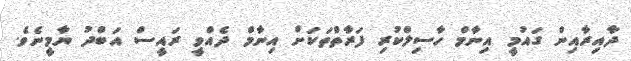
ދާއިރާއިން ގައުމީ އިނާމް ހާސިލްކުރި ފަރާތްތަކަށް އިނާމް ދެއްވީ ރައީސް އަބްދު ޔާމީނެވެ.